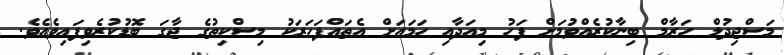
މަސްޖިދުލް ހަރާމް ބިނާކުރެއްވުމަށް ފަހު މިއަދާއި ހަމައަށް އެތައްފަހަރަކު މިސްކިތުގެ ޖާގަ ބޮޑުކުރެވިފައިވެއެވެ.